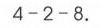
\(4 - 2 - 8\)